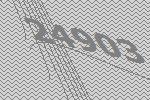
24903